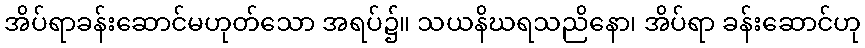
အိပ်ရာခန်းဆောင်မဟုတ်သော အရပ်၌။ သယနိဃရသညိနော၊ အိပ်ရာ ခန်းဆောင်ဟု